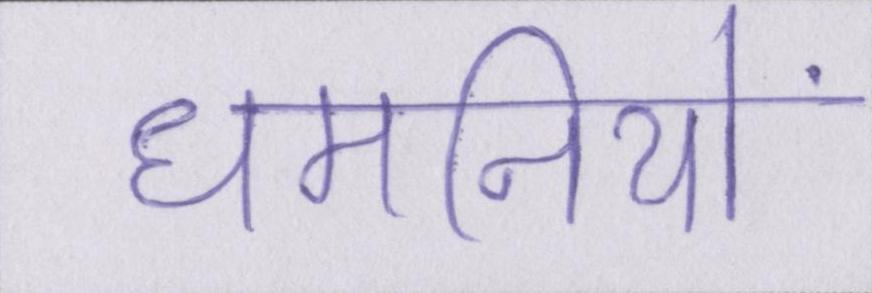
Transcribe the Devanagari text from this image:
धमनियों